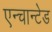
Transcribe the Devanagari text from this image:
एन्चान्टेड